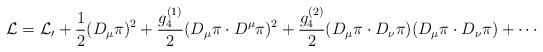
\begin{align*}{\cal L}={\cal L_0}+\frac{1}{2}(D_\mu\pi)^2+\frac{g_4^{(1)}}{2}(D_\mu\pi\cdot D^\mu\pi)^2 +\frac{g_4^{(2)}}{2}(D_\mu\pi\cdot D_\nu\pi)(D_\mu\pi\cdot D_\nu\pi) + \cdots\end{align*}